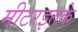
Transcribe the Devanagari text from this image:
मीटरइतके